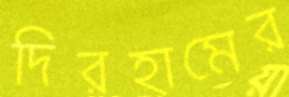
দিরহামের